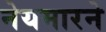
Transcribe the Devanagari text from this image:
नेयमारने